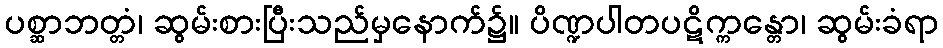
ပစ္ဆာဘတ္တံ၊ ဆွမ်းစားပြီးသည်မှနောက်၌။ ပိဏ္ဍပါတပဋိက္ကန္တော၊ ဆွမ်းခံရာ